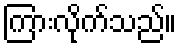
ကြားလိုက်သည်။